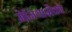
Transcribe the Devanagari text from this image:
मेनियाशेंको